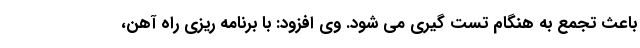
باعث تجمع به هنگام تست گیری می شود. وی افزود: با برنامه ریزی راه آهن،